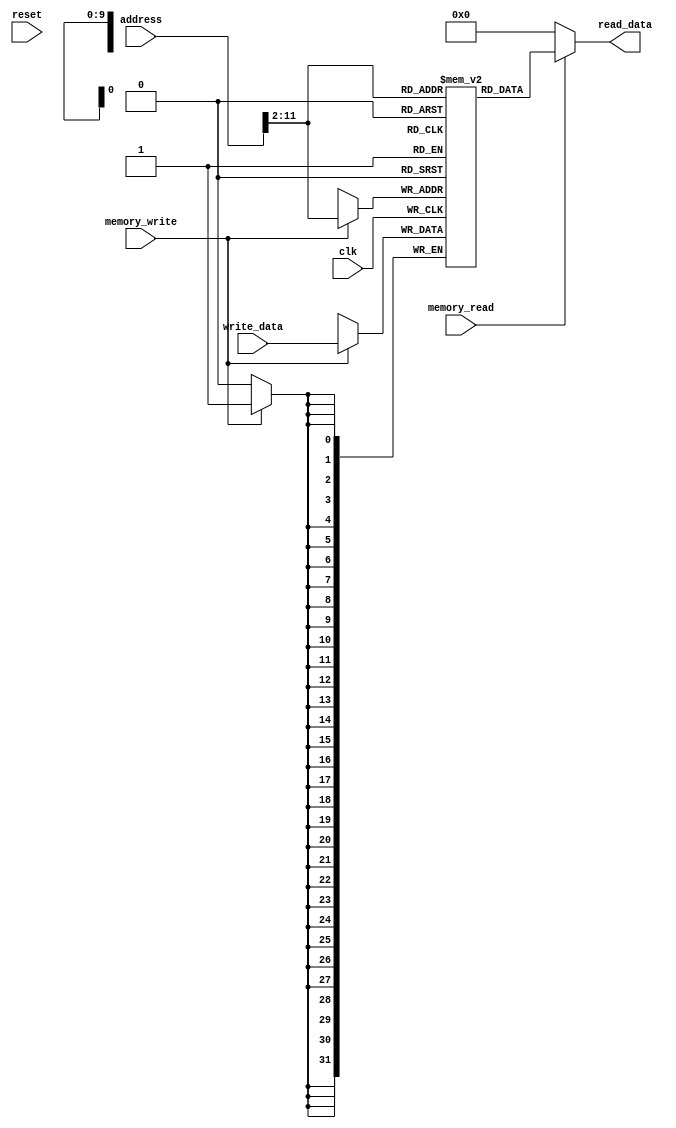
module Memory #(
    parameter MEMORY_FILE = "",
    parameter MEMORY_SIZE = 4096
)(
    input wire clk,
    input wire reset,
    input wire memory_read,
    input wire memory_write,
    input wire [31:0] address,
    input wire [31:0] write_data,
    output wire [31:0] read_data
);

reg [31:0] memory [(MEMORY_SIZE/4)-1: 0];
integer i;

assign read_data = (memory_read == 1'b1) ? memory[{2'b00, address[31:2]}] : 32'h00000000;

initial begin
    `ifdef __ICARUS__
        for (i = 0; i < (MEMORY_SIZE/4)-1; i = i + 1) begin
            memory[i] = 32'h00000000; 
        end
    `endif

    if(MEMORY_FILE != "") begin
        $readmemh(MEMORY_FILE, memory, 0, (MEMORY_SIZE/4) - 1);
    end
end

always @(posedge clk) begin
    if(memory_write == 1'b1) begin
        memory[{2'b00, address[31:2]}] <= write_data;
    end
end
    
endmodule